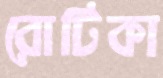
রোটিকা